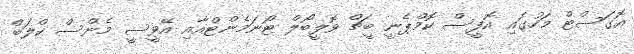
އޮގަސްޓް މަހުގައި އޮފީސް ކޮމްޕެނީ ބީޗް ވޮލީބޯލް ޓޯނަމެންޓްއާއި އޭވީސީ މެންސް ކްލަބް